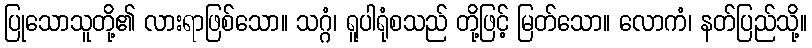
ပြုသောသူတို့၏ လားရာဖြစ်သော။ သဂ္ဂံ၊ ရူပါရုံစသည် တို့ဖြင့် မြတ်သော။ လောကံ၊ နတ်ပြည်သို့။